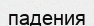
падения